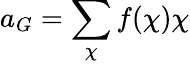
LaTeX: a_{G}=\sum_{\chi}f(\chi)\chi